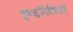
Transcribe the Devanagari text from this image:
इण्डॉनेशियाई